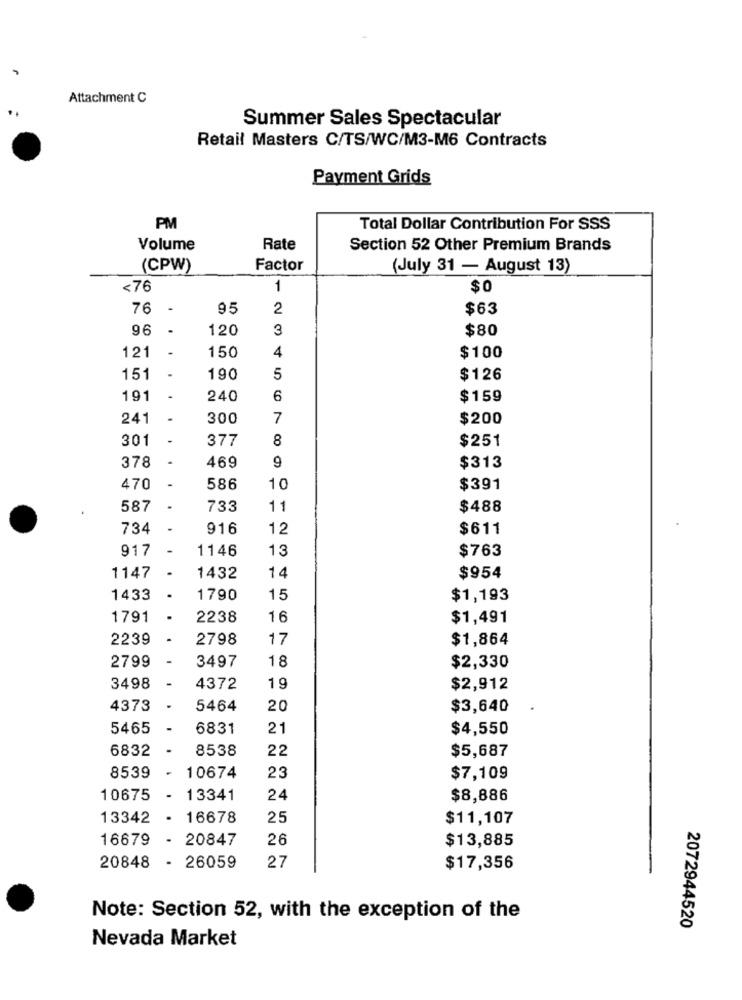
Attachment C
Summer Sales Spectacular
Retail Masters C/TS/WC/M3-M6 Contracts
Payment Grids
PM
Total Dollar Contribution For SSS
Volume
Rate
Section 52 Other Premium Brands
(CPW)
Factor
(July 31 - August 13)
<76
1
$0
76 -
95
2
$63
96
.
120
3
$80
.
150
4
121
$100
151
190
5
$126
191
240
6
$159
241
300
7
$200
301
377
8
$251
9
378
469
$313
470
586
10
$391
587
.
733
11
$488
734
916
12
$611
917
1146
13
$763
1147
1432
14
$954
1433
.
1790
15
$1,193
1791
.
2238
16
$1,491
2239
2798
17
$1,864
2799
18
3497
$2,330
-
3498
4372
19
$2,912
4373
.
5464
20
$3,640
5465
6831
21
$4,550
6832
8538
22
$5,687
8539
10674
23
$7,109
10675
13341
24
$8,886
13342
.
16678
25
$11,107
16679
- 20847
26
$13,885
20848
27
- 26059
$17,356
Note: Section 52, with the exception of the
2072944520
Nevada Market